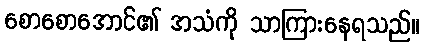
စောစောအောင်၏ အသံကို သာကြားနေရသည်။